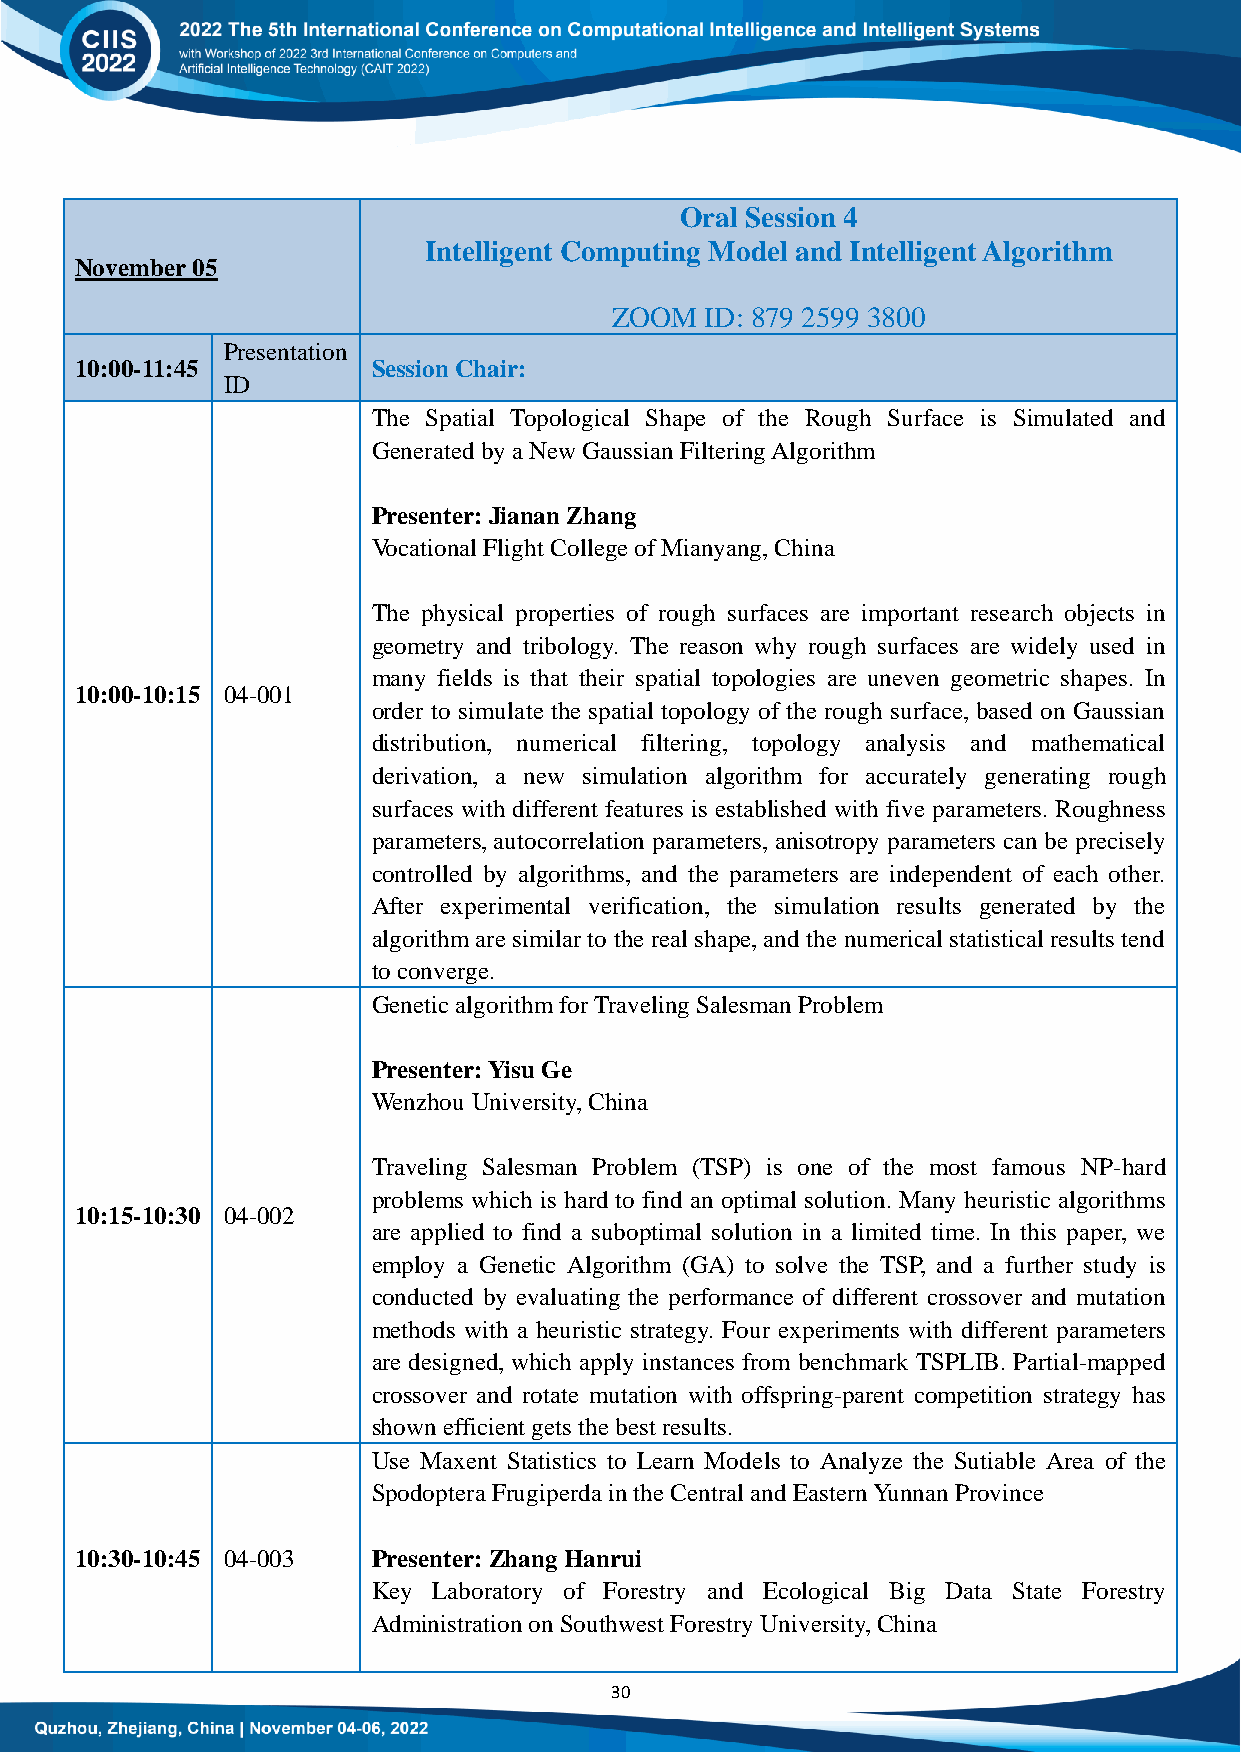
Oral Session 4
 Intelligent Computing Model and Intelligent Algorithm
 November 05
 ZOOM   ID: 879 2599 3800
 Presentation
 10:00-11:45         Session Chair:
 ID
 The Spatial Topological Shape of the Rough Surface is Simulated and
 Generated by a New Gaussian Filtering Algorithm
 Presenter: Jianan Zhang
 Vocational Flight College of Mianyang, China
 The physical properties of rough surfaces are important research objects in
 geometry and tribology. The reason why rough surfaces are widely used in
 many fields is that their spatial topologies are uneven geometric shapes. In
 10:00-10:15 04-001
 order to simulate the spatial topology of the rough surface, based on Gaussian
 distribution, numerical filtering, topology analysis and mathematical
 derivation, a new simulation algorithm for accurately generating rough
 surfaces with different features is established with five parameters. Roughness
 parameters, autocorrelation parameters, anisotropy parameters can be precisely
 controlled by algorithms, and the parameters are independent of each other.
 After experimental verification, the simulation results generated by the
 algorithm are similar to the real shape, and the numerical statistical results tend
 to converge.
 Genetic algorithm for Traveling Salesman Problem
 Presenter: Yisu Ge
 Wenzhou University, China
 Traveling Salesman Problem (TSP) is one of the most famous NP-hard
 problems which is hard to find an optimal solution. Many heuristic algorithms
 10:15-10:30 04-002
 are applied to find a suboptimal solution in a limited time. In this paper, we
 employ a Genetic Algorithm (GA) to solve the TSP, and a further study is
 conducted by evaluating the performance of different crossover and mutation
 methods with a heuristic strategy. Four experiments with different parameters
 are designed, which apply instances from benchmark TSPLIB. Partial-mapped
 crossover and rotate mutation with offspring-parent competition strategy has
 shown efficient gets the best results.
 Use Maxent Statistics to Learn Models to Analyze the Sutiable Area of the
 Spodoptera Frugiperda in the Central and Eastern Yunnan Province
 10:30-10:45 04-003  Presenter: Zhang Hanrui
 Key Laboratory of Forestry and Ecological Big Data State Forestry
 Administration on Southwest Forestry University, China
 30